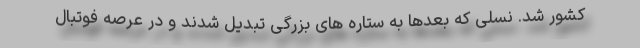
کشور شد. نسلی که بعدها به ستاره های بزرگی تبدیل شدند و در عرصه فوتبال